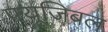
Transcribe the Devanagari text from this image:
फ्यूजिबल